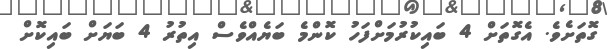
ގޮތަށެވެ. އެގޮތަށް 4 ބައިކުރުމަށްފަހު ކޮންމެ ބަޔެއްވެސް އިތުރު 4 ބަޔަށް ބައިކޮށް